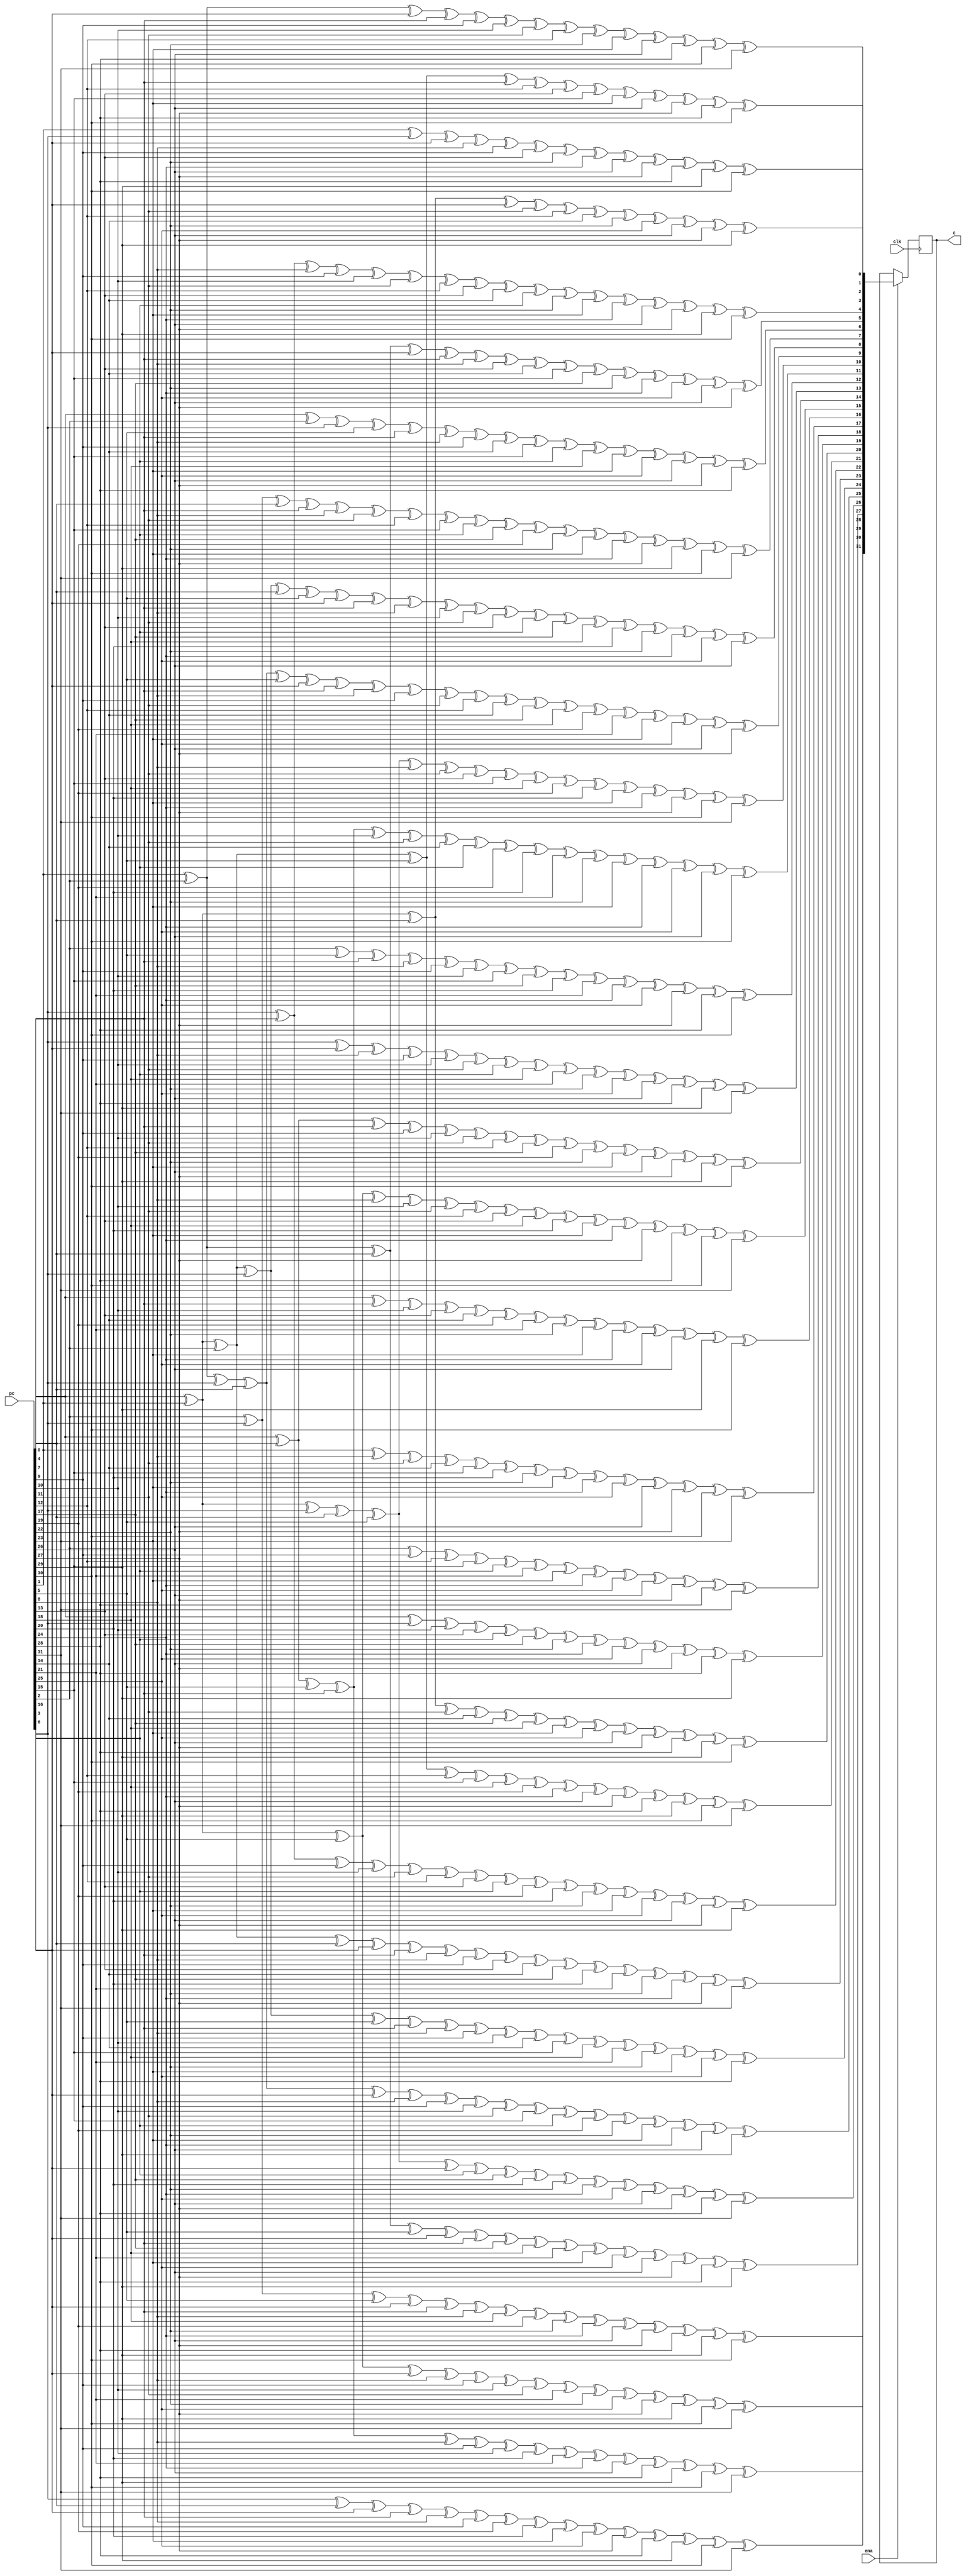
// (C) 2001-2016 Altera Corporation. All rights reserved.
// Your use of Altera Corporation's design tools, logic functions and other 
// software and tools, and its AMPP partner logic functions, and any output 
// files any of the foregoing (including device programming or simulation 
// files), and any associated documentation or information are expressly subject 
// to the terms and conditions of the Altera Program License Subscription 
// Agreement, Altera MegaCore Function License Agreement, or other applicable 
// license agreement, including, without limitation, that your use is for the 
// sole purpose of programming logic devices manufactured by Altera and sold by 
// Altera or its authorized distributors.  Please refer to the applicable 
// agreement for further details.


// $Id: $
// $Revision: $
// $Date: $
// $Author: $
//-----------------------------------------------------------------------------

// Copyright 2010 Altera Corporation. All rights reserved.  
// Altera products are protected under numerous U.S. and foreign patents, 
// maskwork rights, copyrights and other intellectual property laws.  
//
// This reference design file, and your use thereof, is subject to and governed
// by the terms and conditions of the applicable Altera Reference Design 
// License Agreement (either as signed by you or found at www.altera.com).  By
// using this reference design file, you indicate your acceptance of such terms
// and conditions between you and Altera Corporation.  In the event that you do
// not agree with such terms and conditions, you may not use the reference 
// design file and please promptly destroy any copies you have made.
//
// This reference design file is being provided on an "as-is" basis and as an 
// accommodation and therefore all warranties, representations or guarantees of 
// any kind (whether express, implied or statutory) including, without 
// limitation, warranties of merchantability, non-infringement, or fitness for
// a particular purpose, are specifically disclaimed.  By making this reference
// design file available, Altera expressly does not recommend, suggest or 
// require that this reference design file be used in combination with any 
// other product not provided by Altera.
/////////////////////////////////////////////////////////////////////////////

`timescale 1 ps / 1 ps
module crc32_z64_x3 (
    input clk,
    input ena,
    input [31:0] pc, // previous CRC
    output reg [31:0] c // evolved through 64 bits of zero data x 3 rounds
);
initial c = 0;
wire [31:0] j;
always @(posedge clk) begin
    if (ena) c <= j;
end

assign j[0] = pc[1]  ^ pc[2]  ^ pc[6]  ^ pc[7]  ^ pc[9]  ^ pc[10] 
             ^ pc[11]  ^ pc[12]  ^ pc[22]  ^ pc[23]  ^ pc[26]  ^ pc[28] 
             ^ pc[30]  ^ pc[31] ;
assign j[1] = pc[1]  ^ pc[3]  ^ pc[6]  ^ pc[8]  ^ pc[9]  ^ pc[13] 
             ^ pc[22]  ^ pc[24]  ^ pc[26]  ^ pc[27]  ^ pc[28]  ^ pc[29] 
             ^ pc[30] ;
assign j[2] = pc[0]  ^ pc[1]  ^ pc[4]  ^ pc[6]  ^ pc[11]  ^ pc[12] 
             ^ pc[14]  ^ pc[22]  ^ pc[25]  ^ pc[26]  ^ pc[27]  ^ pc[29] 
            ;
assign j[3] = pc[0]  ^ pc[1]  ^ pc[2]  ^ pc[5]  ^ pc[7]  ^ pc[12] 
             ^ pc[13]  ^ pc[15]  ^ pc[23]  ^ pc[26]  ^ pc[27]  ^ pc[28] 
             ^ pc[30] ;
assign j[4] = pc[3]  ^ pc[7]  ^ pc[8]  ^ pc[9]  ^ pc[10]  ^ pc[11] 
             ^ pc[12]  ^ pc[13]  ^ pc[14]  ^ pc[16]  ^ pc[22]  ^ pc[23] 
             ^ pc[24]  ^ pc[26]  ^ pc[27]  ^ pc[29]  ^ pc[30] ;
assign j[5] = pc[1]  ^ pc[2]  ^ pc[4]  ^ pc[6]  ^ pc[7]  ^ pc[8] 
             ^ pc[13]  ^ pc[14]  ^ pc[15]  ^ pc[17]  ^ pc[22]  ^ pc[24] 
             ^ pc[25]  ^ pc[26]  ^ pc[27] ;
assign j[6] = pc[0]  ^ pc[2]  ^ pc[3]  ^ pc[5]  ^ pc[7]  ^ pc[8] 
             ^ pc[9]  ^ pc[14]  ^ pc[15]  ^ pc[16]  ^ pc[18]  ^ pc[23] 
             ^ pc[25]  ^ pc[26]  ^ pc[27]  ^ pc[28] ;
assign j[7] = pc[2]  ^ pc[3]  ^ pc[4]  ^ pc[7]  ^ pc[8]  ^ pc[11] 
             ^ pc[12]  ^ pc[15]  ^ pc[16]  ^ pc[17]  ^ pc[19]  ^ pc[22] 
             ^ pc[23]  ^ pc[24]  ^ pc[27]  ^ pc[29]  ^ pc[30]  ^ pc[31] 
            ;
assign j[8] = pc[0]  ^ pc[1]  ^ pc[2]  ^ pc[3]  ^ pc[4]  ^ pc[5] 
             ^ pc[6]  ^ pc[7]  ^ pc[8]  ^ pc[10]  ^ pc[11]  ^ pc[13] 
             ^ pc[16]  ^ pc[17]  ^ pc[18]  ^ pc[20]  ^ pc[22]  ^ pc[24] 
             ^ pc[25]  ^ pc[26] ;
assign j[9] = pc[1]  ^ pc[2]  ^ pc[3]  ^ pc[4]  ^ pc[5]  ^ pc[6] 
             ^ pc[7]  ^ pc[8]  ^ pc[9]  ^ pc[11]  ^ pc[12]  ^ pc[14] 
             ^ pc[17]  ^ pc[18]  ^ pc[19]  ^ pc[21]  ^ pc[23]  ^ pc[25] 
             ^ pc[26]  ^ pc[27] ;
assign j[10] = pc[0]  ^ pc[1]  ^ pc[3]  ^ pc[4]  ^ pc[5]  ^ pc[8] 
             ^ pc[11]  ^ pc[13]  ^ pc[15]  ^ pc[18]  ^ pc[19]  ^ pc[20] 
             ^ pc[23]  ^ pc[24]  ^ pc[27]  ^ pc[30]  ^ pc[31] ;
assign j[11] = pc[0]  ^ pc[4]  ^ pc[5]  ^ pc[7]  ^ pc[10]  ^ pc[11] 
             ^ pc[14]  ^ pc[16]  ^ pc[19]  ^ pc[20]  ^ pc[21]  ^ pc[22] 
             ^ pc[23]  ^ pc[24]  ^ pc[25]  ^ pc[26]  ^ pc[30] ;
assign j[12] = pc[2]  ^ pc[5]  ^ pc[7]  ^ pc[8]  ^ pc[9]  ^ pc[10] 
             ^ pc[15]  ^ pc[17]  ^ pc[20]  ^ pc[21]  ^ pc[24]  ^ pc[25] 
             ^ pc[27]  ^ pc[28]  ^ pc[30] ;
assign j[13] = pc[3]  ^ pc[6]  ^ pc[8]  ^ pc[9]  ^ pc[10]  ^ pc[11] 
             ^ pc[16]  ^ pc[18]  ^ pc[21]  ^ pc[22]  ^ pc[25]  ^ pc[26] 
             ^ pc[28]  ^ pc[29]  ^ pc[31] ;
assign j[14] = pc[0]  ^ pc[4]  ^ pc[7]  ^ pc[9]  ^ pc[10]  ^ pc[11] 
             ^ pc[12]  ^ pc[17]  ^ pc[19]  ^ pc[22]  ^ pc[23]  ^ pc[26] 
             ^ pc[27]  ^ pc[29]  ^ pc[30] ;
assign j[15] = pc[0]  ^ pc[1]  ^ pc[5]  ^ pc[8]  ^ pc[10]  ^ pc[11] 
             ^ pc[12]  ^ pc[13]  ^ pc[18]  ^ pc[20]  ^ pc[23]  ^ pc[24] 
             ^ pc[27]  ^ pc[28]  ^ pc[30]  ^ pc[31] ;
assign j[16] = pc[0]  ^ pc[7]  ^ pc[10]  ^ pc[13]  ^ pc[14]  ^ pc[19] 
             ^ pc[21]  ^ pc[22]  ^ pc[23]  ^ pc[24]  ^ pc[25]  ^ pc[26] 
             ^ pc[29]  ^ pc[30] ;
assign j[17] = pc[1]  ^ pc[8]  ^ pc[11]  ^ pc[14]  ^ pc[15]  ^ pc[20] 
             ^ pc[22]  ^ pc[23]  ^ pc[24]  ^ pc[25]  ^ pc[26]  ^ pc[27] 
             ^ pc[30]  ^ pc[31] ;
assign j[18] = pc[2]  ^ pc[9]  ^ pc[12]  ^ pc[15]  ^ pc[16]  ^ pc[21] 
             ^ pc[23]  ^ pc[24]  ^ pc[25]  ^ pc[26]  ^ pc[27]  ^ pc[28] 
             ^ pc[31] ;
assign j[19] = pc[0]  ^ pc[3]  ^ pc[10]  ^ pc[13]  ^ pc[16]  ^ pc[17] 
             ^ pc[22]  ^ pc[24]  ^ pc[25]  ^ pc[26]  ^ pc[27]  ^ pc[28] 
             ^ pc[29] ;
assign j[20] = pc[0]  ^ pc[1]  ^ pc[4]  ^ pc[11]  ^ pc[14]  ^ pc[17] 
             ^ pc[18]  ^ pc[23]  ^ pc[25]  ^ pc[26]  ^ pc[27]  ^ pc[28] 
             ^ pc[29]  ^ pc[30] ;
assign j[21] = pc[0]  ^ pc[1]  ^ pc[2]  ^ pc[5]  ^ pc[12]  ^ pc[15] 
             ^ pc[18]  ^ pc[19]  ^ pc[24]  ^ pc[26]  ^ pc[27]  ^ pc[28] 
             ^ pc[29]  ^ pc[30]  ^ pc[31] ;
assign j[22] = pc[3]  ^ pc[7]  ^ pc[9]  ^ pc[10]  ^ pc[11]  ^ pc[12] 
             ^ pc[13]  ^ pc[16]  ^ pc[19]  ^ pc[20]  ^ pc[22]  ^ pc[23] 
             ^ pc[25]  ^ pc[26]  ^ pc[27]  ^ pc[29] ;
assign j[23] = pc[0]  ^ pc[1]  ^ pc[2]  ^ pc[4]  ^ pc[6]  ^ pc[7] 
             ^ pc[8]  ^ pc[9]  ^ pc[13]  ^ pc[14]  ^ pc[17]  ^ pc[20] 
             ^ pc[21]  ^ pc[22]  ^ pc[24]  ^ pc[27]  ^ pc[31] ;
assign j[24] = pc[0]  ^ pc[1]  ^ pc[2]  ^ pc[3]  ^ pc[5]  ^ pc[7] 
             ^ pc[8]  ^ pc[9]  ^ pc[10]  ^ pc[14]  ^ pc[15]  ^ pc[18] 
             ^ pc[21]  ^ pc[22]  ^ pc[23]  ^ pc[25]  ^ pc[28] ;
assign j[25] = pc[1]  ^ pc[2]  ^ pc[3]  ^ pc[4]  ^ pc[6]  ^ pc[8] 
             ^ pc[9]  ^ pc[10]  ^ pc[11]  ^ pc[15]  ^ pc[16]  ^ pc[19] 
             ^ pc[22]  ^ pc[23]  ^ pc[24]  ^ pc[26]  ^ pc[29] ;
assign j[26] = pc[0]  ^ pc[1]  ^ pc[3]  ^ pc[4]  ^ pc[5]  ^ pc[6] 
             ^ pc[16]  ^ pc[17]  ^ pc[20]  ^ pc[22]  ^ pc[24]  ^ pc[25] 
             ^ pc[26]  ^ pc[27]  ^ pc[28]  ^ pc[31] ;
assign j[27] = pc[1]  ^ pc[2]  ^ pc[4]  ^ pc[5]  ^ pc[6]  ^ pc[7] 
             ^ pc[17]  ^ pc[18]  ^ pc[21]  ^ pc[23]  ^ pc[25]  ^ pc[26] 
             ^ pc[27]  ^ pc[28]  ^ pc[29] ;
assign j[28] = pc[2]  ^ pc[3]  ^ pc[5]  ^ pc[6]  ^ pc[7]  ^ pc[8] 
             ^ pc[18]  ^ pc[19]  ^ pc[22]  ^ pc[24]  ^ pc[26]  ^ pc[27] 
             ^ pc[28]  ^ pc[29]  ^ pc[30] ;
assign j[29] = pc[3]  ^ pc[4]  ^ pc[6]  ^ pc[7]  ^ pc[8]  ^ pc[9] 
             ^ pc[19]  ^ pc[20]  ^ pc[23]  ^ pc[25]  ^ pc[27]  ^ pc[28] 
             ^ pc[29]  ^ pc[30]  ^ pc[31] ;
assign j[30] = pc[0]  ^ pc[4]  ^ pc[5]  ^ pc[7]  ^ pc[8]  ^ pc[9] 
             ^ pc[10]  ^ pc[20]  ^ pc[21]  ^ pc[24]  ^ pc[26]  ^ pc[28] 
             ^ pc[29]  ^ pc[30]  ^ pc[31] ;
assign j[31] = pc[0]  ^ pc[1]  ^ pc[5]  ^ pc[6]  ^ pc[8]  ^ pc[9] 
             ^ pc[10]  ^ pc[11]  ^ pc[21]  ^ pc[22]  ^ pc[25]  ^ pc[27] 
             ^ pc[29]  ^ pc[30]  ^ pc[31] ;
endmodule


// BENCHMARK INFO :  5SGXEA7N2F45C2
// BENCHMARK INFO :  Max depth :  3.0 LUTs
// BENCHMARK INFO :  Total registers : 32
// BENCHMARK INFO :  Total pins : 66
// BENCHMARK INFO :  Total virtual pins : 0
// BENCHMARK INFO :  Total block memory bits : 0
// BENCHMARK INFO :  Comb ALUTs :                         ; 80              ;       ;
// BENCHMARK INFO :  ALMs : 46 / 234,720 ( < 1 % )
// BENCHMARK INFO :  Worst setup path @ 468.75MHz : 2.063 ns, From clk~inputCLKENA0FMAX_CAP_FF0, To clk~inputCLKENA0FMAX_CAP_FF1}
// BENCHMARK INFO :  Worst setup path @ 468.75MHz : 2.063 ns, From clk~inputCLKENA0FMAX_CAP_FF0, To clk~inputCLKENA0FMAX_CAP_FF1}
// BENCHMARK INFO :  Worst setup path @ 468.75MHz : 2.063 ns, From clk~inputCLKENA0FMAX_CAP_FF0, To clk~inputCLKENA0FMAX_CAP_FF1}